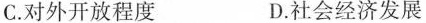
C.对外开放程度 D.社会经济发展